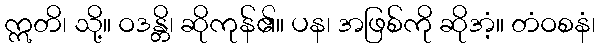
ဣတိ၊ သို့။ ဝဒန္တိ၊ ဆိုကုန်၏။ ပန၊ အဖြစ်ကို ဆိုအံ့။ တံဝစနံ၊